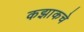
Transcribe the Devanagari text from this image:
कझाकचे